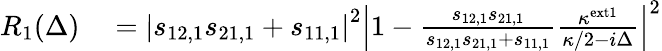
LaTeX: \begin{array}{rl}{R_{1}(\Delta)}&{{}=\left|s_{12,1}s_{21,1}+s_{11,1}\right|^{2}\left|1-\frac{s_{12,1}s_{21,1}}{s_{12,1}s_{21,1}+s_{11,1}}\frac{\kappa^{\mathrm{ext1}}}{\kappa/2-i\Delta}\right|^{2}}\end{array}